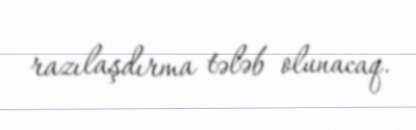
razılaşdırma tələb olunacaq.